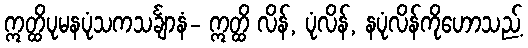
ဣတ္ထိပုမနပုံသကသင်္ချာနံ- ဣတ္ထိ လိန်, ပုံလိန်, နပုံလိန်ကိုဟောသည့်